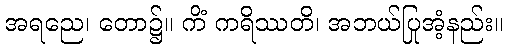
အရညေ၊ တော၌။ ကိံ ကရိဿတိ၊ အဘယ်ပြုအံ့နည်း။